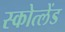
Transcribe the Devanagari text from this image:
स्कोत्लेंड